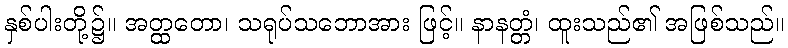
နှစ်ပါးတို့၌။ အတ္ထတော၊ သရုပ်သဘောအား ဖြင့်။ နာနတ္တံ၊ ထူးသည်၏ အဖြစ်သည်။